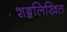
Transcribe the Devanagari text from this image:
शङ्खलिखित